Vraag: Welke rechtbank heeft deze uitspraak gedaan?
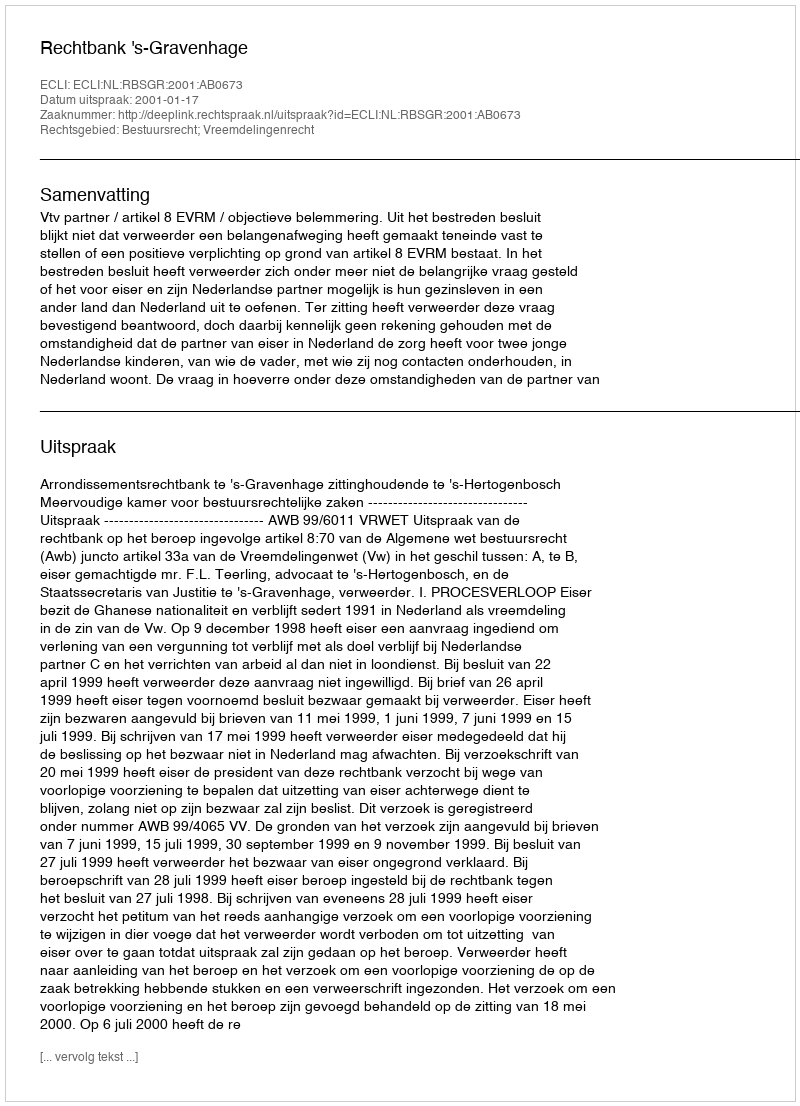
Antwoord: Rechtbank 's-Gravenhage